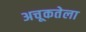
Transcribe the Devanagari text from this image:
अचूकतेला